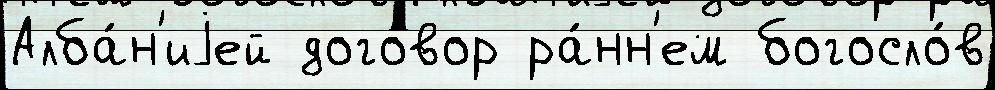
Алба́н'иjей договор ра́нн'ем богосло́в